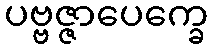
ပဗ္ဗဇ္ဇာပေက္ခေ